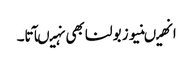
انھیںنیوز بولنا بھی نہیںآتا۔